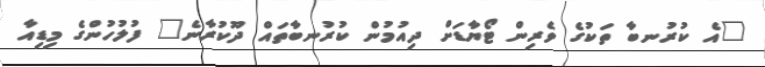
"އެ ކުރުނބާ ތަކުގެ ވެރިން ޓޯޔާޑަށް ދިއުމުން ކުރުނބާތައް ދޫކުރާނެ" ފުލުހުންގެ މިޑިއާ